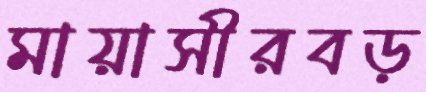
মায়াসীরবড়